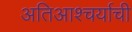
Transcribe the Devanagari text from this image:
अतिआश्चर्याची